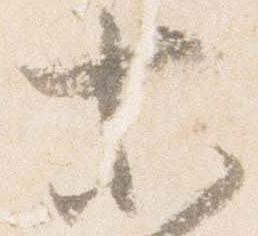
等